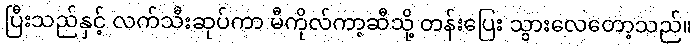
ပြီးသည်နှင့် လက်သီးဆုပ်ကာ မီကိုလ်ကာ့ဆီသို့ တန်းပြေး သွားလေတော့သည်။